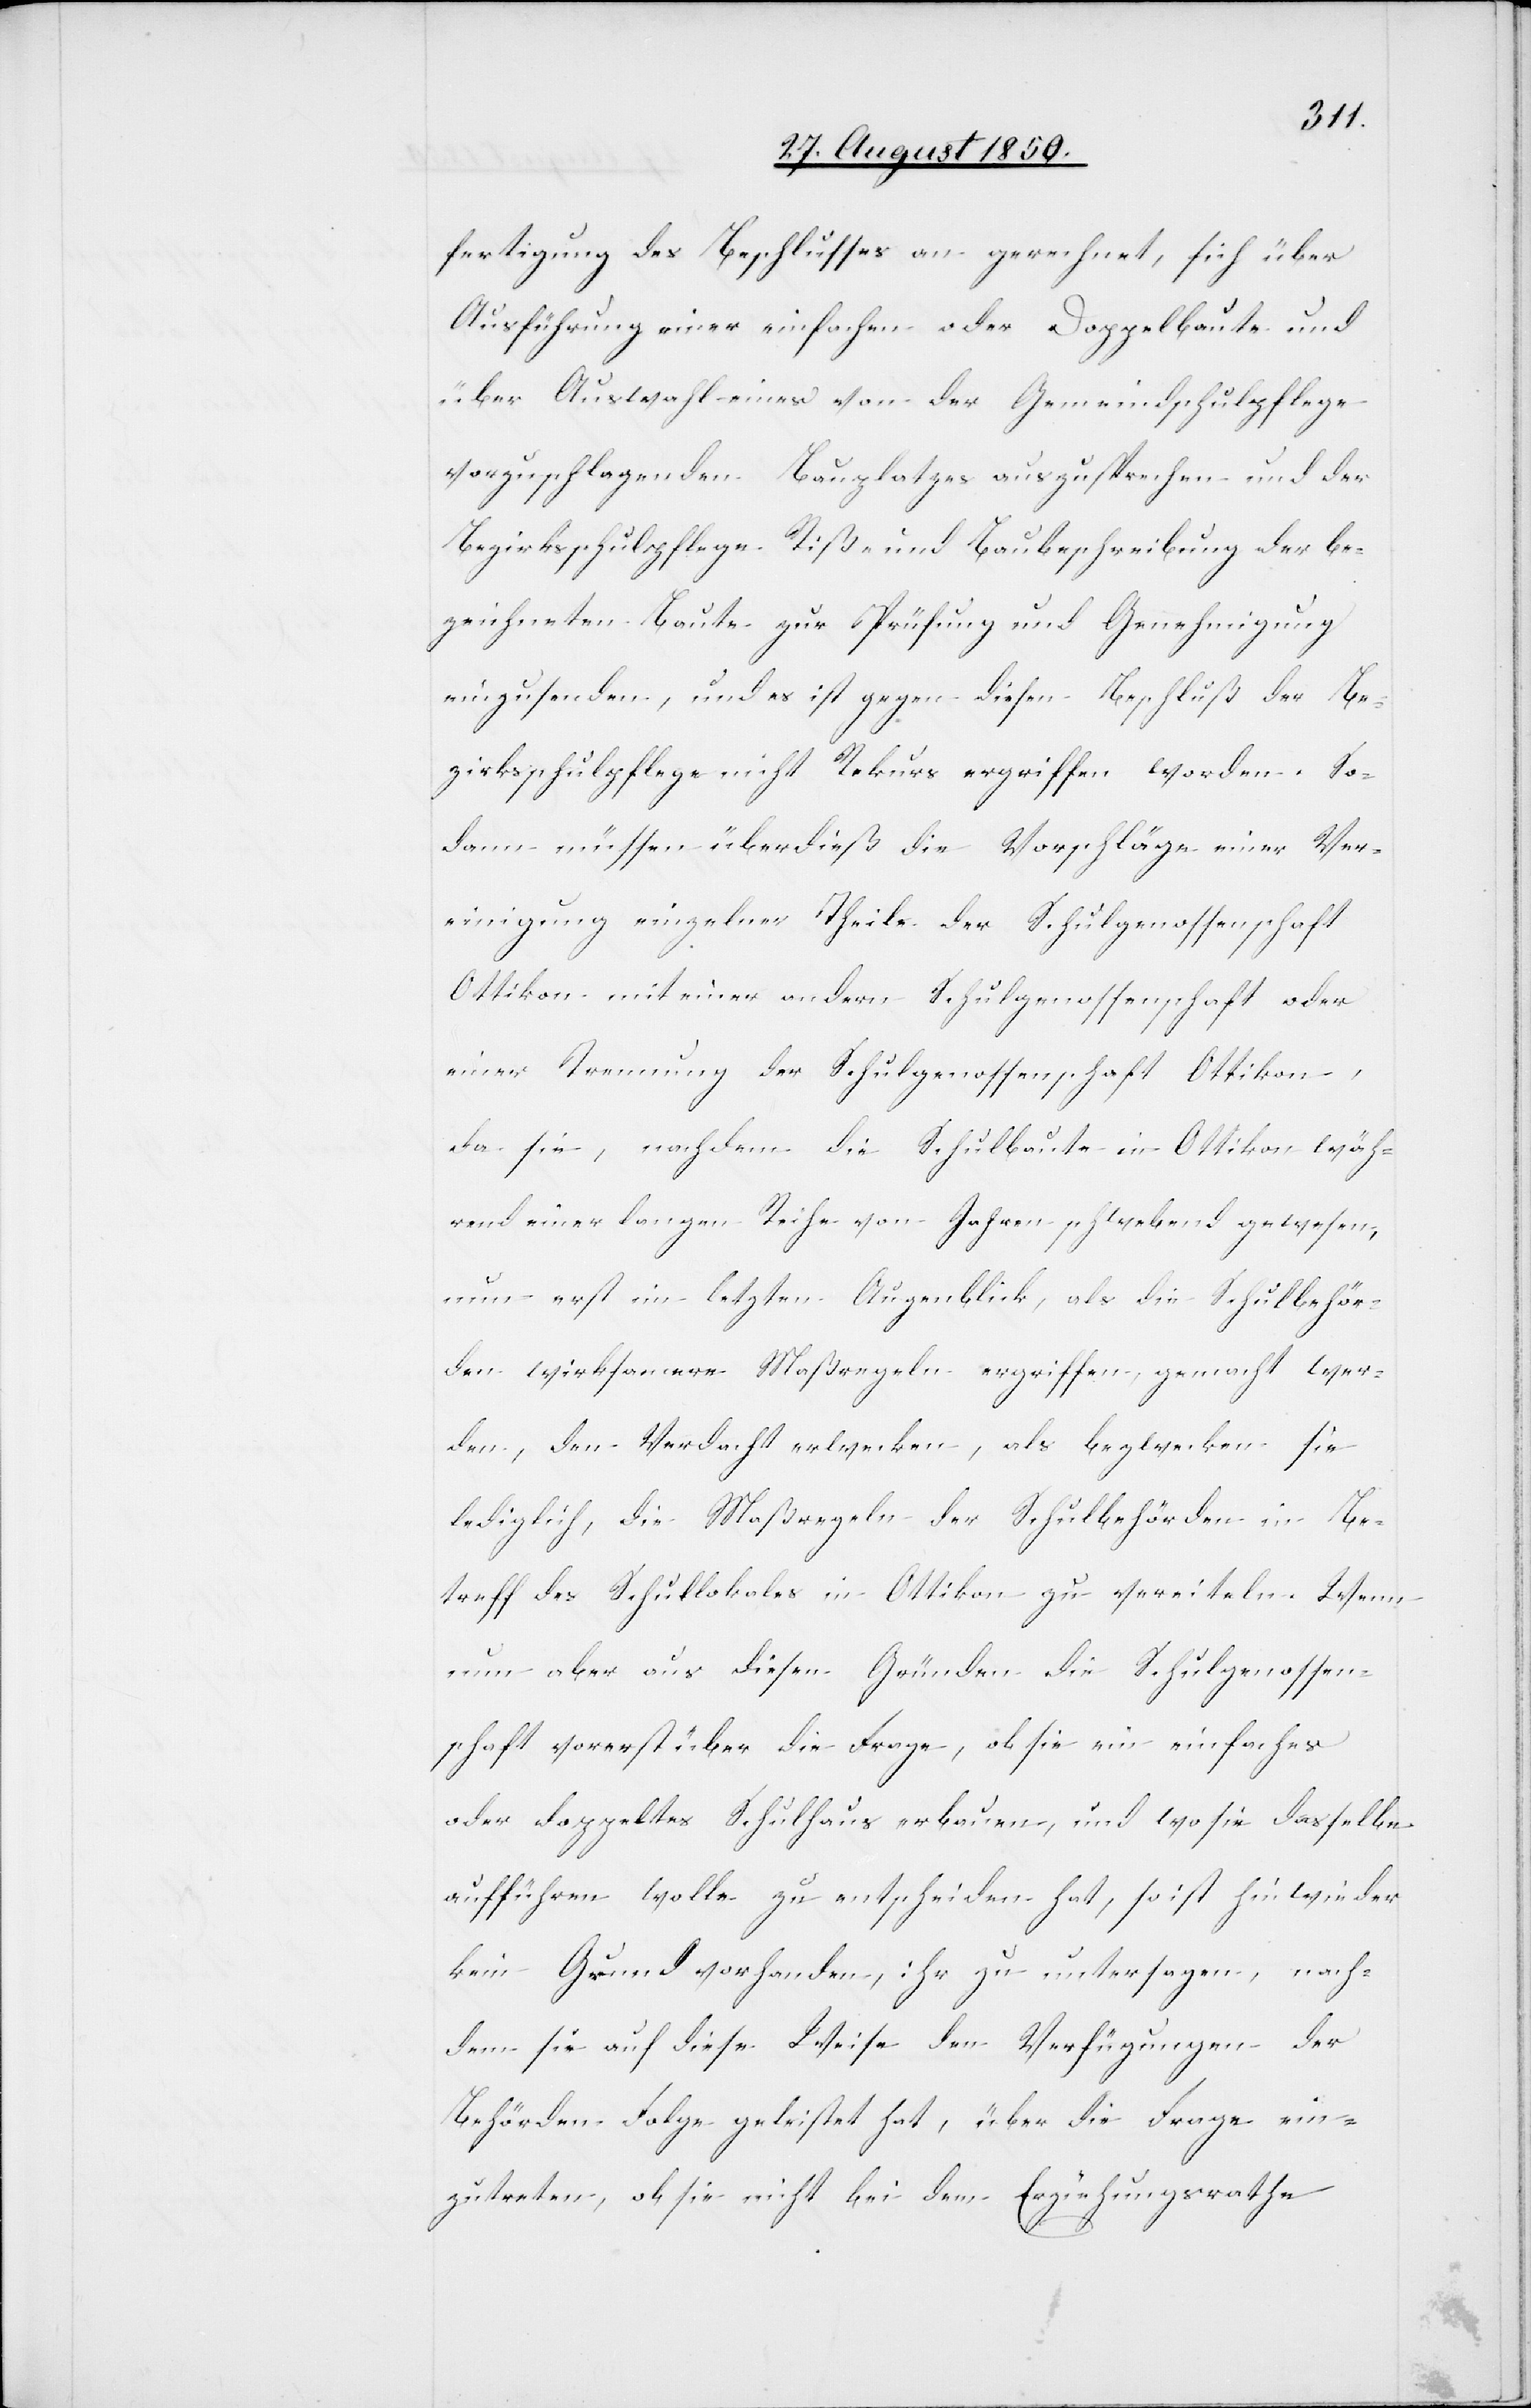
fertigung des Beschlusses an gerechnet, sich über
Ausführung einer einfachen oder Doppelbaute und
über Auswahl eines von der Gemeindschulpflege
vorzuschlagenden Bauplatzes auszusprechen und der
Bezirksschulpflege. Riß- und Baubeschreibung der be¬
zeichneten Baute zur Prüfung und Genehmigung
einzusenden, und es ist gegen diesen Beschluß der Be¬
zirksschulpflege nicht Rekurs ergriffen worden. So¬
dann müssen überdieß die Vorschläge einer Ver¬
einigung einzelner Theile der Schulgenossenschaft
Ottikon mit einer andern Schulgenossenschaft oder
einer Trennung der Schulgenossenschaft Ottikon,
da sie, nachdem die Schulbaute in Ottikon wäh¬
rend einer langen Reihe von Jahren schwebend gewesen,
nun erst im letzten Augenblick, als die Schulbehör¬
den wirksamere Maßregeln ergriffen gemacht wer¬
den, den Verdacht erwecken, als bezwecken sie
lediglich, die Maßregeln der Schulbehörden in Be¬
treff des Schullokales in Ottikon zu vereiteln. Wenn
nun aber aus diesen Gründen die Schulgenossen¬
schaft vorerst über die Frage, ob sie ein einfaches
oder doppeltes Schulhaus erbauen, und wo sie dasselbe
aufführen wolle zu entscheiden hat, so ist hinwieder
kein Grund vorhanden, ihr zu untersagen, nach¬
dem sie auf diese Weise den Verfügungen der
Behörden Folge geleistet hat, über die Frage ein¬
zutreten, ob sie nicht bei dem Erziehungsrathe